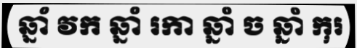
ឆ្នាំ វក ឆ្នាំ រកា ឆ្នាំ ច ឆ្នាំ កុរ